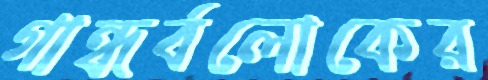
গান্ধর্বলোকের